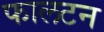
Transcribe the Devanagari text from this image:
फालटन